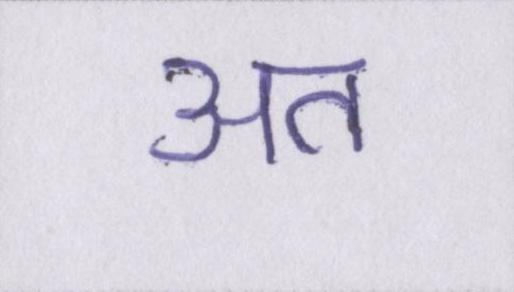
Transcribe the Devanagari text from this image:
अत